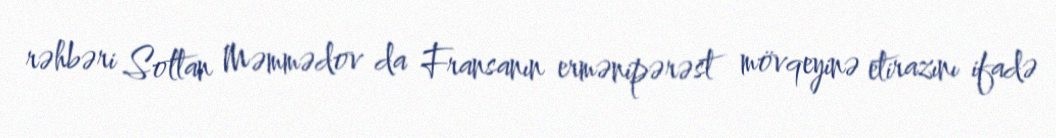
rəhbəri Soltan Məmmədov da Fransanın ermənipərəst mövqeyinə etirazını ifadə